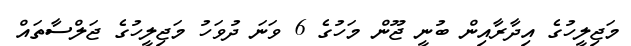
މަޖިިލީހުގެ އިދާރާއިން ބުނީ ޖޫން މަހުގެ 6 ވަނަ ދުވަހު މަޖިލީހުގެ ޖަލްސާތައް